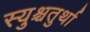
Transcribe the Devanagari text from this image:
स्युश्चतुर्था